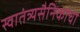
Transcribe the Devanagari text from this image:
स्वातंत्र्यसैनिकांचा